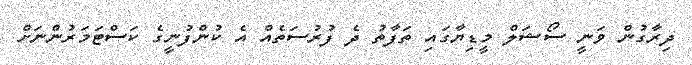
ދިރާގުން ވަނީ ސޯޝަލް މީޑިޔާގައި ތަފާތު ދެ ފުރުސަތެއް އެ ކުންފުނީގެ ކަސްޓަމަރުންނަށް